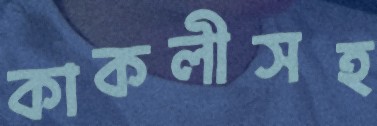
কাকলীসহ